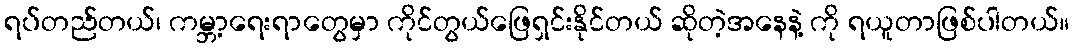
ရပ်တည်တယ်၊ ကမ္ဘာ့ရေးရာတွေမှာ ကိုင်တွယ်ဖြေရှင်းနိုင်တယ် ဆိုတဲ့အနေနဲ့ ကို ရယူတာဖြစ်ပါတယ်။